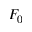
F _ { 0 }